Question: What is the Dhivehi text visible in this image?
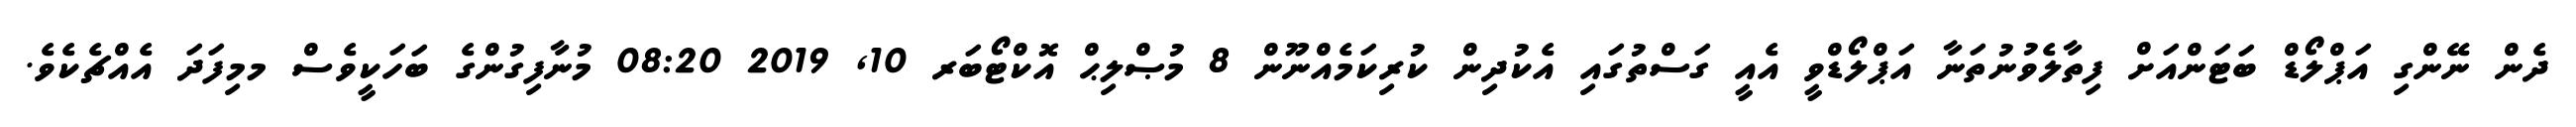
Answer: ދެން ނޭންގި އަޕްލޯޑް ބަޓަންއަށް ފިތާލެވުނުތަނާ އަޕްލޯޑްވީ އެއީ ގަސްތުގައި އެކުދިން ކުރިކަމެއްނޫން 8 މުޞްލިޙް އޮކްޓޯބަރ 10, 2019 08:20 މުނާފިގުންގެ ބަހަކީވެސް މމިފަދަ އެއްޗެކެވެ.